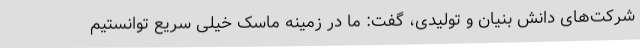
شرکت‌های دانش بنیان و تولیدی، گفت: ما در زمینه ماسک خیلی سریع توانستیم